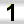
Digit: 1